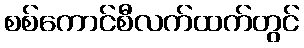
စစ်ကောင်စီလက်ထက်တွင်